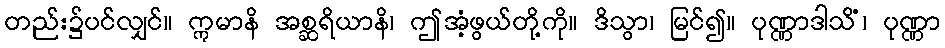
တည်း၌ပင်လျှင်။ ဣမာနိ အစ္ဆရိယာနိ၊ ဤအံ့ဖွယ်တို့ကို။ ဒိသွာ၊ မြင်၍။ ပုဏ္ဏာဒါသိံ၊ ပုဏ္ဏာ